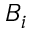
B _ { i }